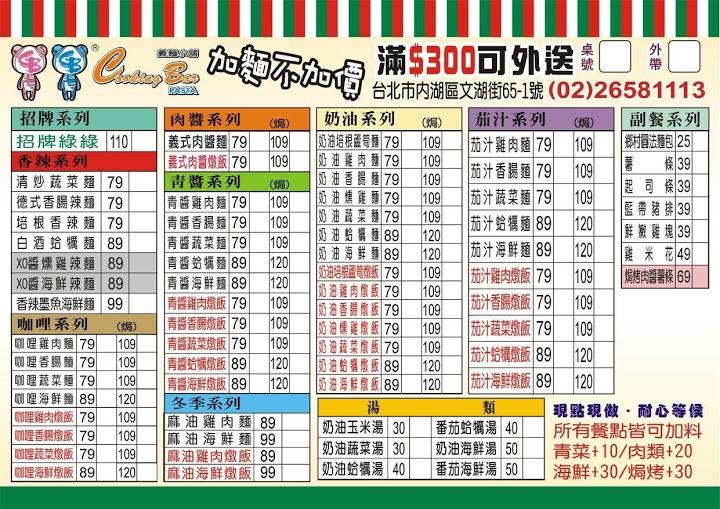
餐廳：Chubby Bear PASTA
地址：台北市內湖區文湖街65-1號
電話：(02)26581113
菜單：
name: 招牌綠綠
price: 110
name: 清炒蔬菜麵
price: 79
name: 德式香腸麵
price: 79
name: 培根香辣麵
price: 79
name: 白酒蛤蠣麵
price: 89
name: XO醬燻雞麵
price: 89
name: XO醬海鮮麵
price: 89
name: 香辣墨魚海鮮麵
price: 99
name: 義式肉醬麵
price: 79
name: 義式肉醬麵 (焗)
price: 109
name: 義式肉醬飯
price: 79
name: 義式肉醬飯 (焗)
price: 109
name: 青醬雞肉麵
price: 79
name: 青醬雞肉麵 (焗)
price: 109
name: 青醬香腸麵
price: 79
name: 青醬香腸麵 (焗)
price: 109
name: 青醬蔬菜麵
price: 79
name: 青醬蔬菜麵 (焗)
price: 109
name: 青醬蛤蠣麵
price: 89
name: 青醬蛤蠣麵 (焗)
price: 120
name: 青醬海鮮麵
price: 89
name: 青醬海鮮麵 (焗)
price: 120
name: 青醬雞肉燉飯
price: 79
name: 青醬雞肉燉飯 (焗)
price: 109
name: 青醬香腸燉飯
price: 79
name: 青醬香腸燉飯 (焗)
price: 109
name: 青醬蔬菜燉飯
price: 79
name: 青醬蔬菜燉飯 (焗)
price: 109
name: 青醬蛤蠣燉飯
price: 89
name: 青醬蛤蠣燉飯 (焗)
price: 120
name: 青醬海鮮燉飯
price: 89
name: 青醬海鮮燉飯 (焗)
price: 120
name: 奶油培根蛋麵
price: 79
name: 奶油培根蛋麵 (焗)
price: 109
name: 奶油雞肉麵
price: 79
name: 奶油雞肉麵 (焗)
price: 109
name: 奶油香腸麵
price: 79
name: 奶油香腸麵 (焗)
price: 109
name: 奶油蔬菜麵
price: 79
name: 奶油蔬菜麵 (焗)
price: 109
name: 奶油蛤蠣麵
price: 89
name: 奶油蛤蠣麵 (焗)
price: 120
name: 奶油海鮮麵
price: 89
name: 奶油海鮮麵 (焗)
price: 120
name: 奶油培根蛋燉飯
price: 79
name: 奶油培根蛋燉飯 (焗)
price: 109
name: 奶油雞肉燉飯
price: 79
name: 奶油雞肉燉飯 (焗)
price: 109
name: 奶油香腸燉飯
price: 79
name: 奶油香腸燉飯 (焗)
price: 109
name: 奶油蔬菜燉飯
price: 79
name: 奶油蔬菜燉飯 (焗)
price: 109
name: 奶油蛤蠣燉飯
price: 89
name: 奶油蛤蠣燉飯 (焗)
price: 120
name: 奶油海鮮燉飯
price: 89
name: 奶油海鮮燉飯 (焗)
price: 120
name: 茄汁雞肉麵
price: 79
name: 茄汁雞肉麵 (焗)
price: 109
name: 茄汁香腸麵
price: 79
name: 茄汁香腸麵 (焗)
price: 109
name: 茄汁蔬菜麵
price: 79
name: 茄汁蔬菜麵 (焗)
price: 109
name: 茄汁蛤蠣麵
price: 89
name: 茄汁蛤蠣麵 (焗)
price: 120
name: 茄汁海鮮麵
price: 89
name: 茄汁海鮮麵 (焗)
price: 120
name: 茄汁雞肉燉飯
price: 79
name: 茄汁雞肉燉飯 (焗)
price: 109
name: 茄汁香腸燉飯
price: 79
name: 茄汁香腸燉飯 (焗)
price: 109
name: 茄汁蔬菜燉飯
price: 79
name: 茄汁蔬菜燉飯 (焗)
price: 109
name: 茄汁蛤蠣燉飯
price: 89
name: 茄汁蛤蠣燉飯 (焗)
price: 120
name: 茄汁海鮮燉飯
price: 89
name: 茄汁海鮮燉飯 (焗)
price: 120
name: 咖哩雞肉麵
price: 79
name: 咖哩雞肉麵 (焗)
price: 109
name: 咖哩香腸麵
price: 79
name: 咖哩香腸麵 (焗)
price: 109
name: 咖哩蔬菜麵
price: 79
name: 咖哩蔬菜麵 (焗)
price: 109
name: 咖哩蛤蠣麵
price: 89
name: 咖哩蛤蠣麵 (焗)
price: 120
name: 咖哩海鮮麵
price: 89
name: 咖哩海鮮麵 (焗)
price: 120
name: 咖哩雞肉燉飯
price: 79
name: 咖哩雞肉燉飯 (焗)
price: 109
name: 咖哩香腸燉飯
price: 79
name: 咖哩香腸燉飯 (焗)
price: 109
name: 咖哩蔬菜燉飯
price: 79
name: 咖哩蔬菜燉飯 (焗)
price: 109
name: 咖哩蛤蠣燉飯
price: 89
name: 咖哩蛤蠣燉飯 (焗)
price: 120
name: 咖哩海鮮燉飯
price: 89
name: 咖哩海鮮燉飯 (焗)
price: 120
name: 麻油雞肉麵
price: 89
name: 麻油海鮮麵
price: 99
name: 麻油雞肉燉飯
price: 89
name: 麻油海鮮燉飯
price: 99
name: 奶油玉米湯
price: 30
name: 奶油蔬菜湯
price: 30
name: 奶油蛤蠣湯
price: 40
name: 番茄蛤蠣湯
price: 40
name: 奶油海鮮湯
price: 50
name: 番茄海鮮湯
price: 50
name: 鄉村麵包
price: 25
name: 薯條
price: 39
name: 起司條
price: 39
name: 藍帶豬排
price: 39
name: 鮮嫩雞塊
price: 39
name: 雞米花
price: 49
name: 焗烤肉醬薯條
price: 69